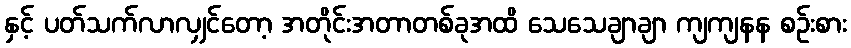
နှင့် ပတ်သက်လာလျှင်တော့ အတိုင်းအတာတစ်ခုအထိ သေသေချာချာ ကျကျနန စဉ်းစား